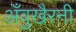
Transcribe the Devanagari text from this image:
अँवुखैरनी